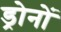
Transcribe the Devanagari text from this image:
ड्रोनों